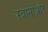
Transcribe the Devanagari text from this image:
स्वामीऔर